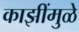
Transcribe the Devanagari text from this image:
काझींमुळे